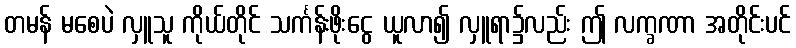
တမန် မစေပဲ လှူသူ ကိုယ်တိုင် သင်္ကန်းဖိုးငွေ ယူလာ၍ လှူရာ၌လည်း ဤ လက္ခဏာ အတိုင်းပင်